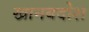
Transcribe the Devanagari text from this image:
खानबदोश